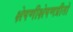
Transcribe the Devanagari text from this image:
क्षेपणीक्षेपणप्रीतो